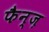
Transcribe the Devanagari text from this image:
फैन्ज़